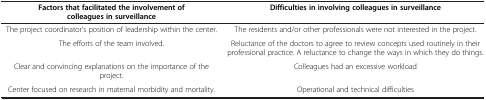
| Factors that facilitated the involvement of colleagues in surveillance | Difficulties in involving colleagues in surveillance |
 | --- | --- |
 | The project coordinator’s position of leadership within the center. | The residents and/or other professionals were not interested in the project. |
 | The efforts of the team involved. | Reluctance of the doctors to agree to review concepts used routinely in their professional practice. A reluctance to change the ways in which they do things. |
 | Clear and convincing explanations on the importance of the project. | Colleagues had an excessive workload |
 | Center focused on research in maternal morbidity and mortality. | Operational and technical difficulties |